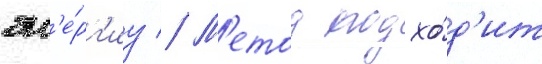
эн'е́рг'иу // М'етод подхо́д'ит